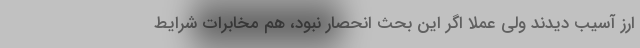
ارز آسیب دیدند ولی عملاً اگر این بحث انحصار نبود، هم مخابرات شرایط